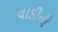
વાડીની